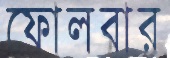
ফোলবার